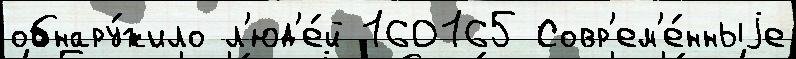
обнару́жило л'юд'е́й 160165 Совр'ем'е́нныjе